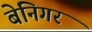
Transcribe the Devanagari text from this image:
बेनिगर